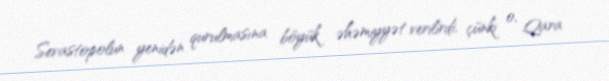
Sevastopolun yenidən qurulmasına böyük əhəmiyyət verilirdi, çünki o, Qara